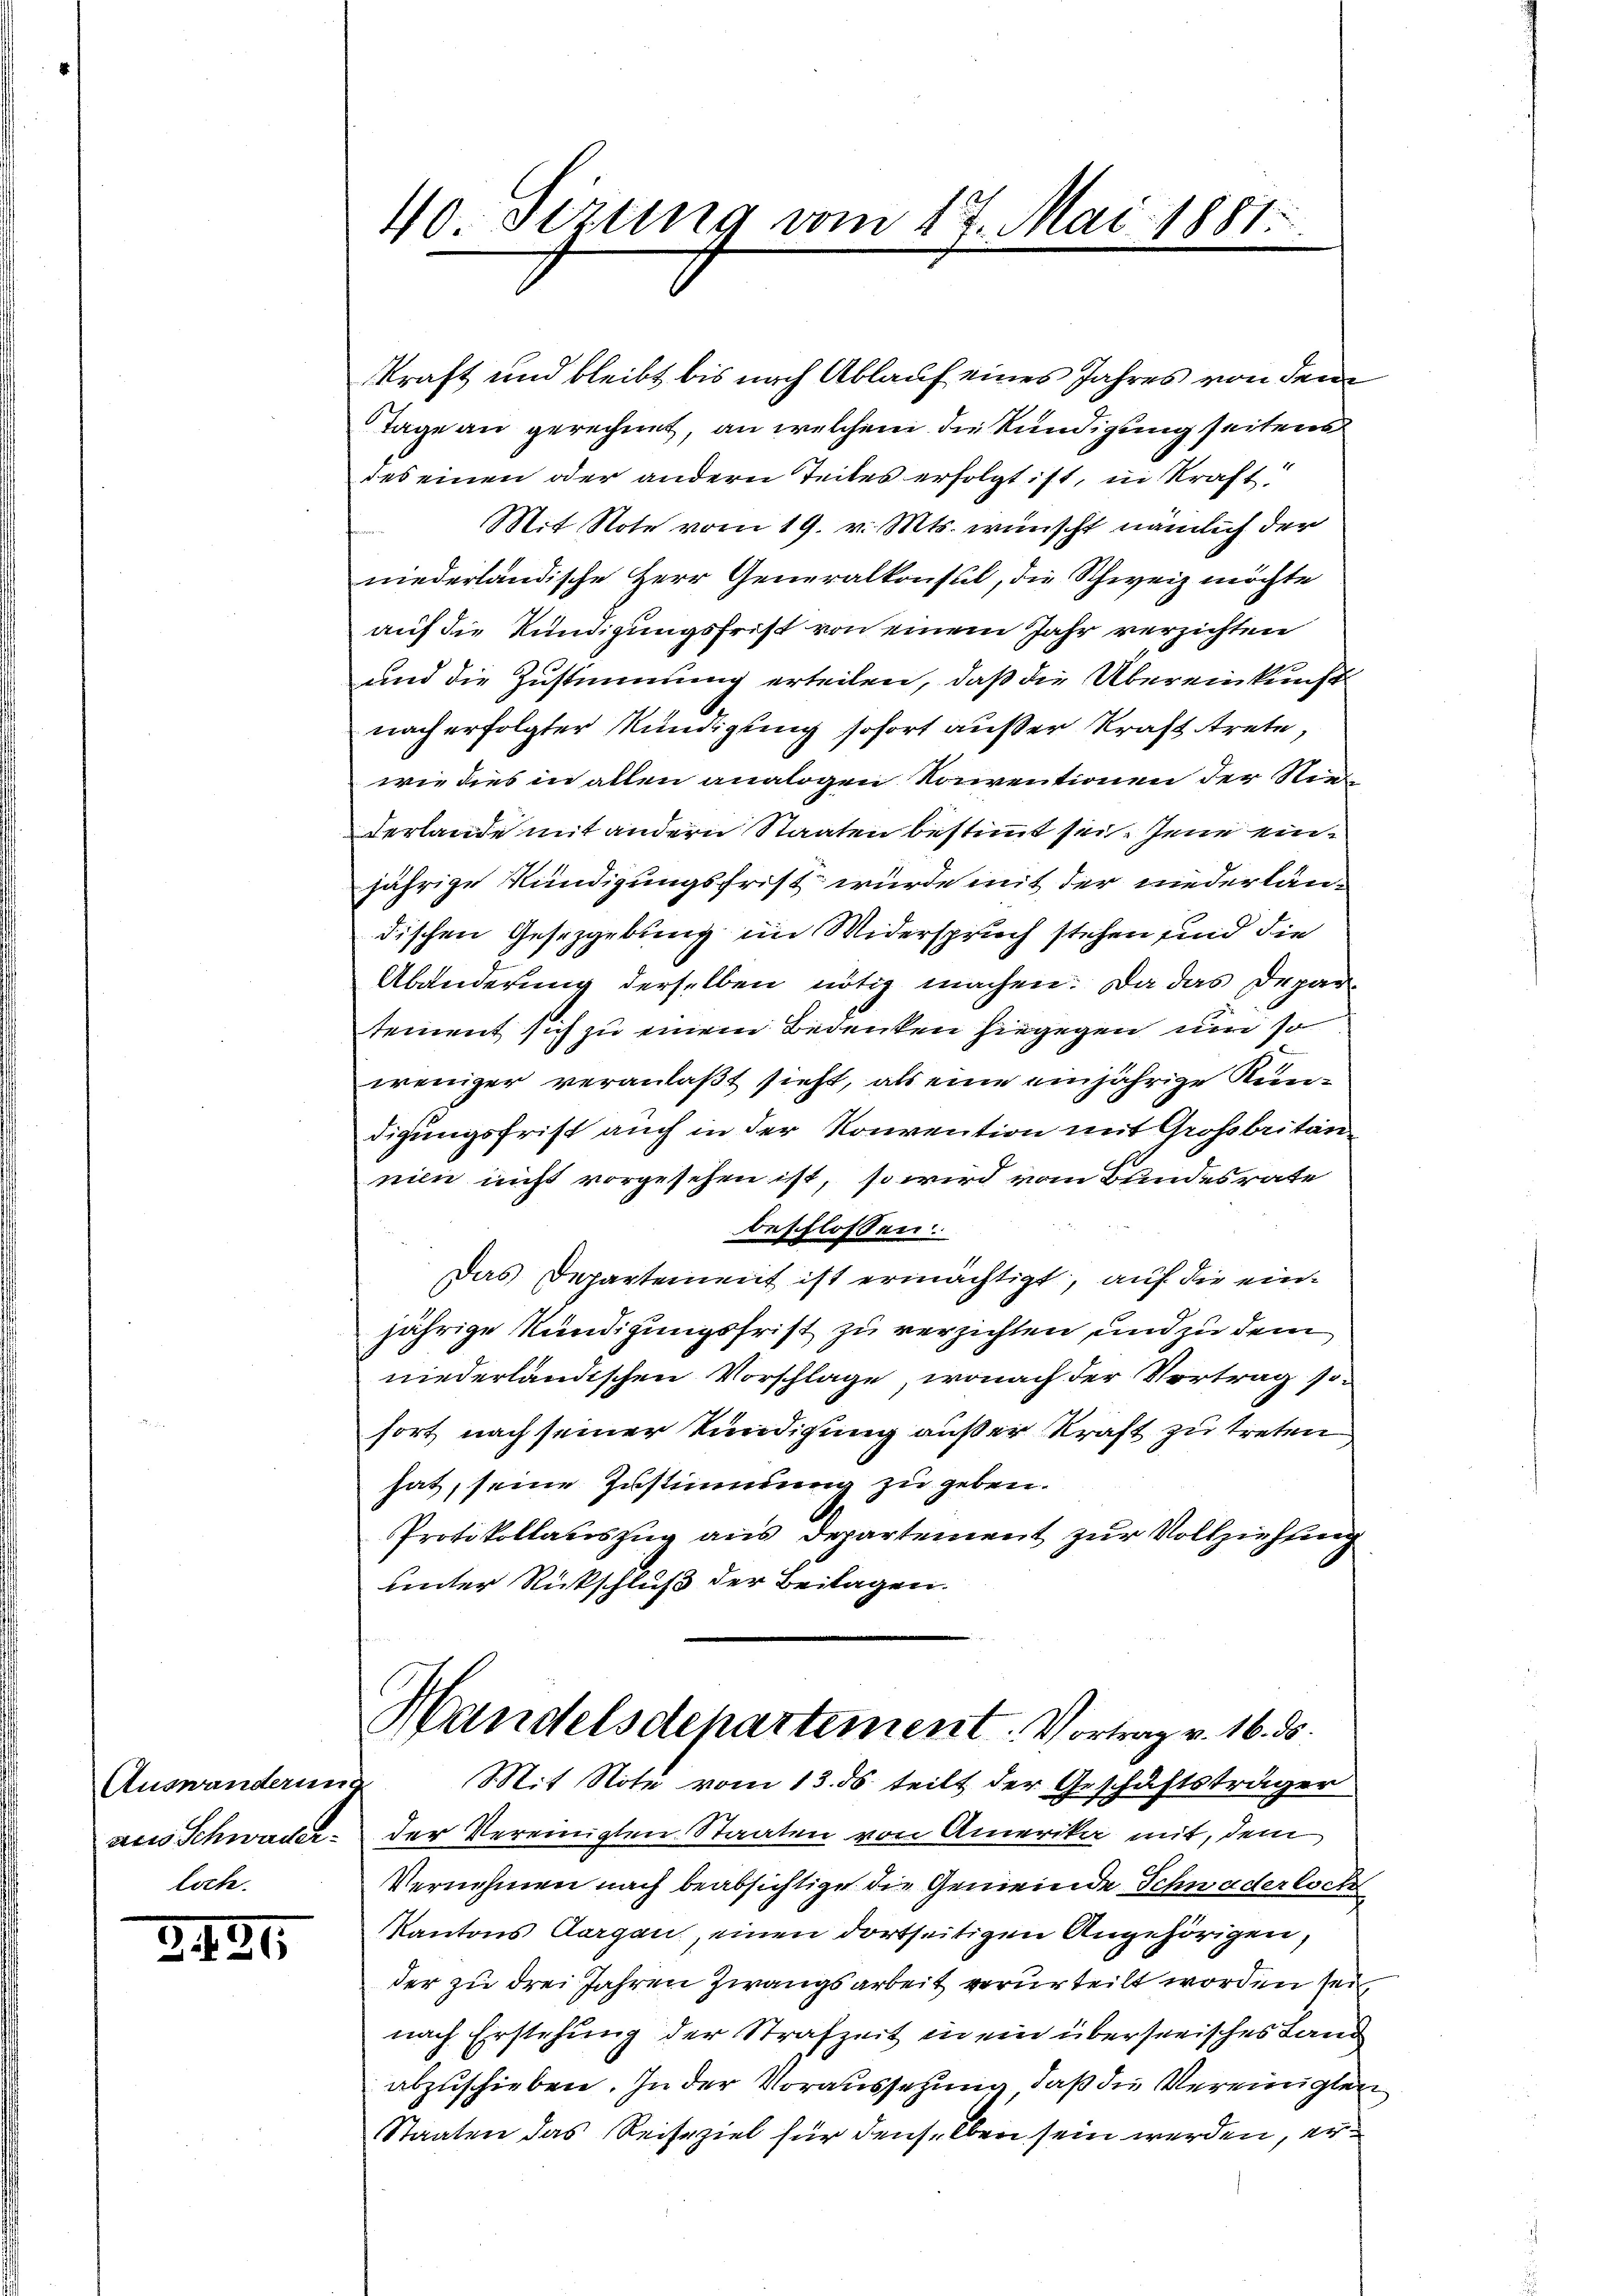
aus Schwader
loch.

3491.

40 Sezung vom 17. Mai 1881

kraft und bleibt bis nach Ablauf eines Jahres von dem
Tage an gerechnet, an welchem die Kündigung seitens
des einen oder andern Teiles erfolgt ist, in Kraft
Mit Note vom 19. v. Mts. wünscht nämlich der
niederländische Herr Generalkonsul, die Schweiz möchte
auf die Kundigungsfrist von einem Jahr verzichten
und die Zustimmung erteilen, daß die Übereinkunft
nach erfolgter Kündigung sofort außer Kraft trete,
wie dies in allen analogen Konventionen der Niederlande mit andern Staaten bestimmt sei. Jene einjährige Kündigungsfrist würde mit der niederländischen Gesetzgebung im Widerspruch stehen und die
Abänderung derselben nötig machen. Da das Deparsement sich zu einem Bedenken hiegegen um so
weniger veranlaßt sieht, als eine einjährige Kendigungsfrist auch in der Konvention mit Großbritannien nicht vorgesehen ist, so wird vom Bundesrate
beschlossen:
Das Departement ist ermächtigt, auf die einjährige Kündigungsfrist zu verzichten und zu dem
niederländischen Vorschlage, wonach der Vortrag sofort nach seiner Kündigung außer kraft zu treten
hat, seine Zustimmung zu geben.
Protokollauszug aus Departement zur Vollziehung
unter Rückschluß der Beilagen.
Handelsdepartement. Vortrag v. 16. ds.
Auswanderung Mit Note vom 13. ds. teilt der Geschäftsträger
der Vereinigten Staaten von Amerika mit, dem
Vernehmen nach beabsichtige die Gemeinde Schwaderloch
Kantons Aargau, einen dortseitigen Angehörigen,
der zu drei Jahren Zwangsarbeit verurteilt worden sei,
nach Erstehung der Strafzeit in ein überserisches Land
abzuschieben. In der Voraussetzung, daß die Vereinigten
Staaten das Reiseziel für denselben sein werden, er¬